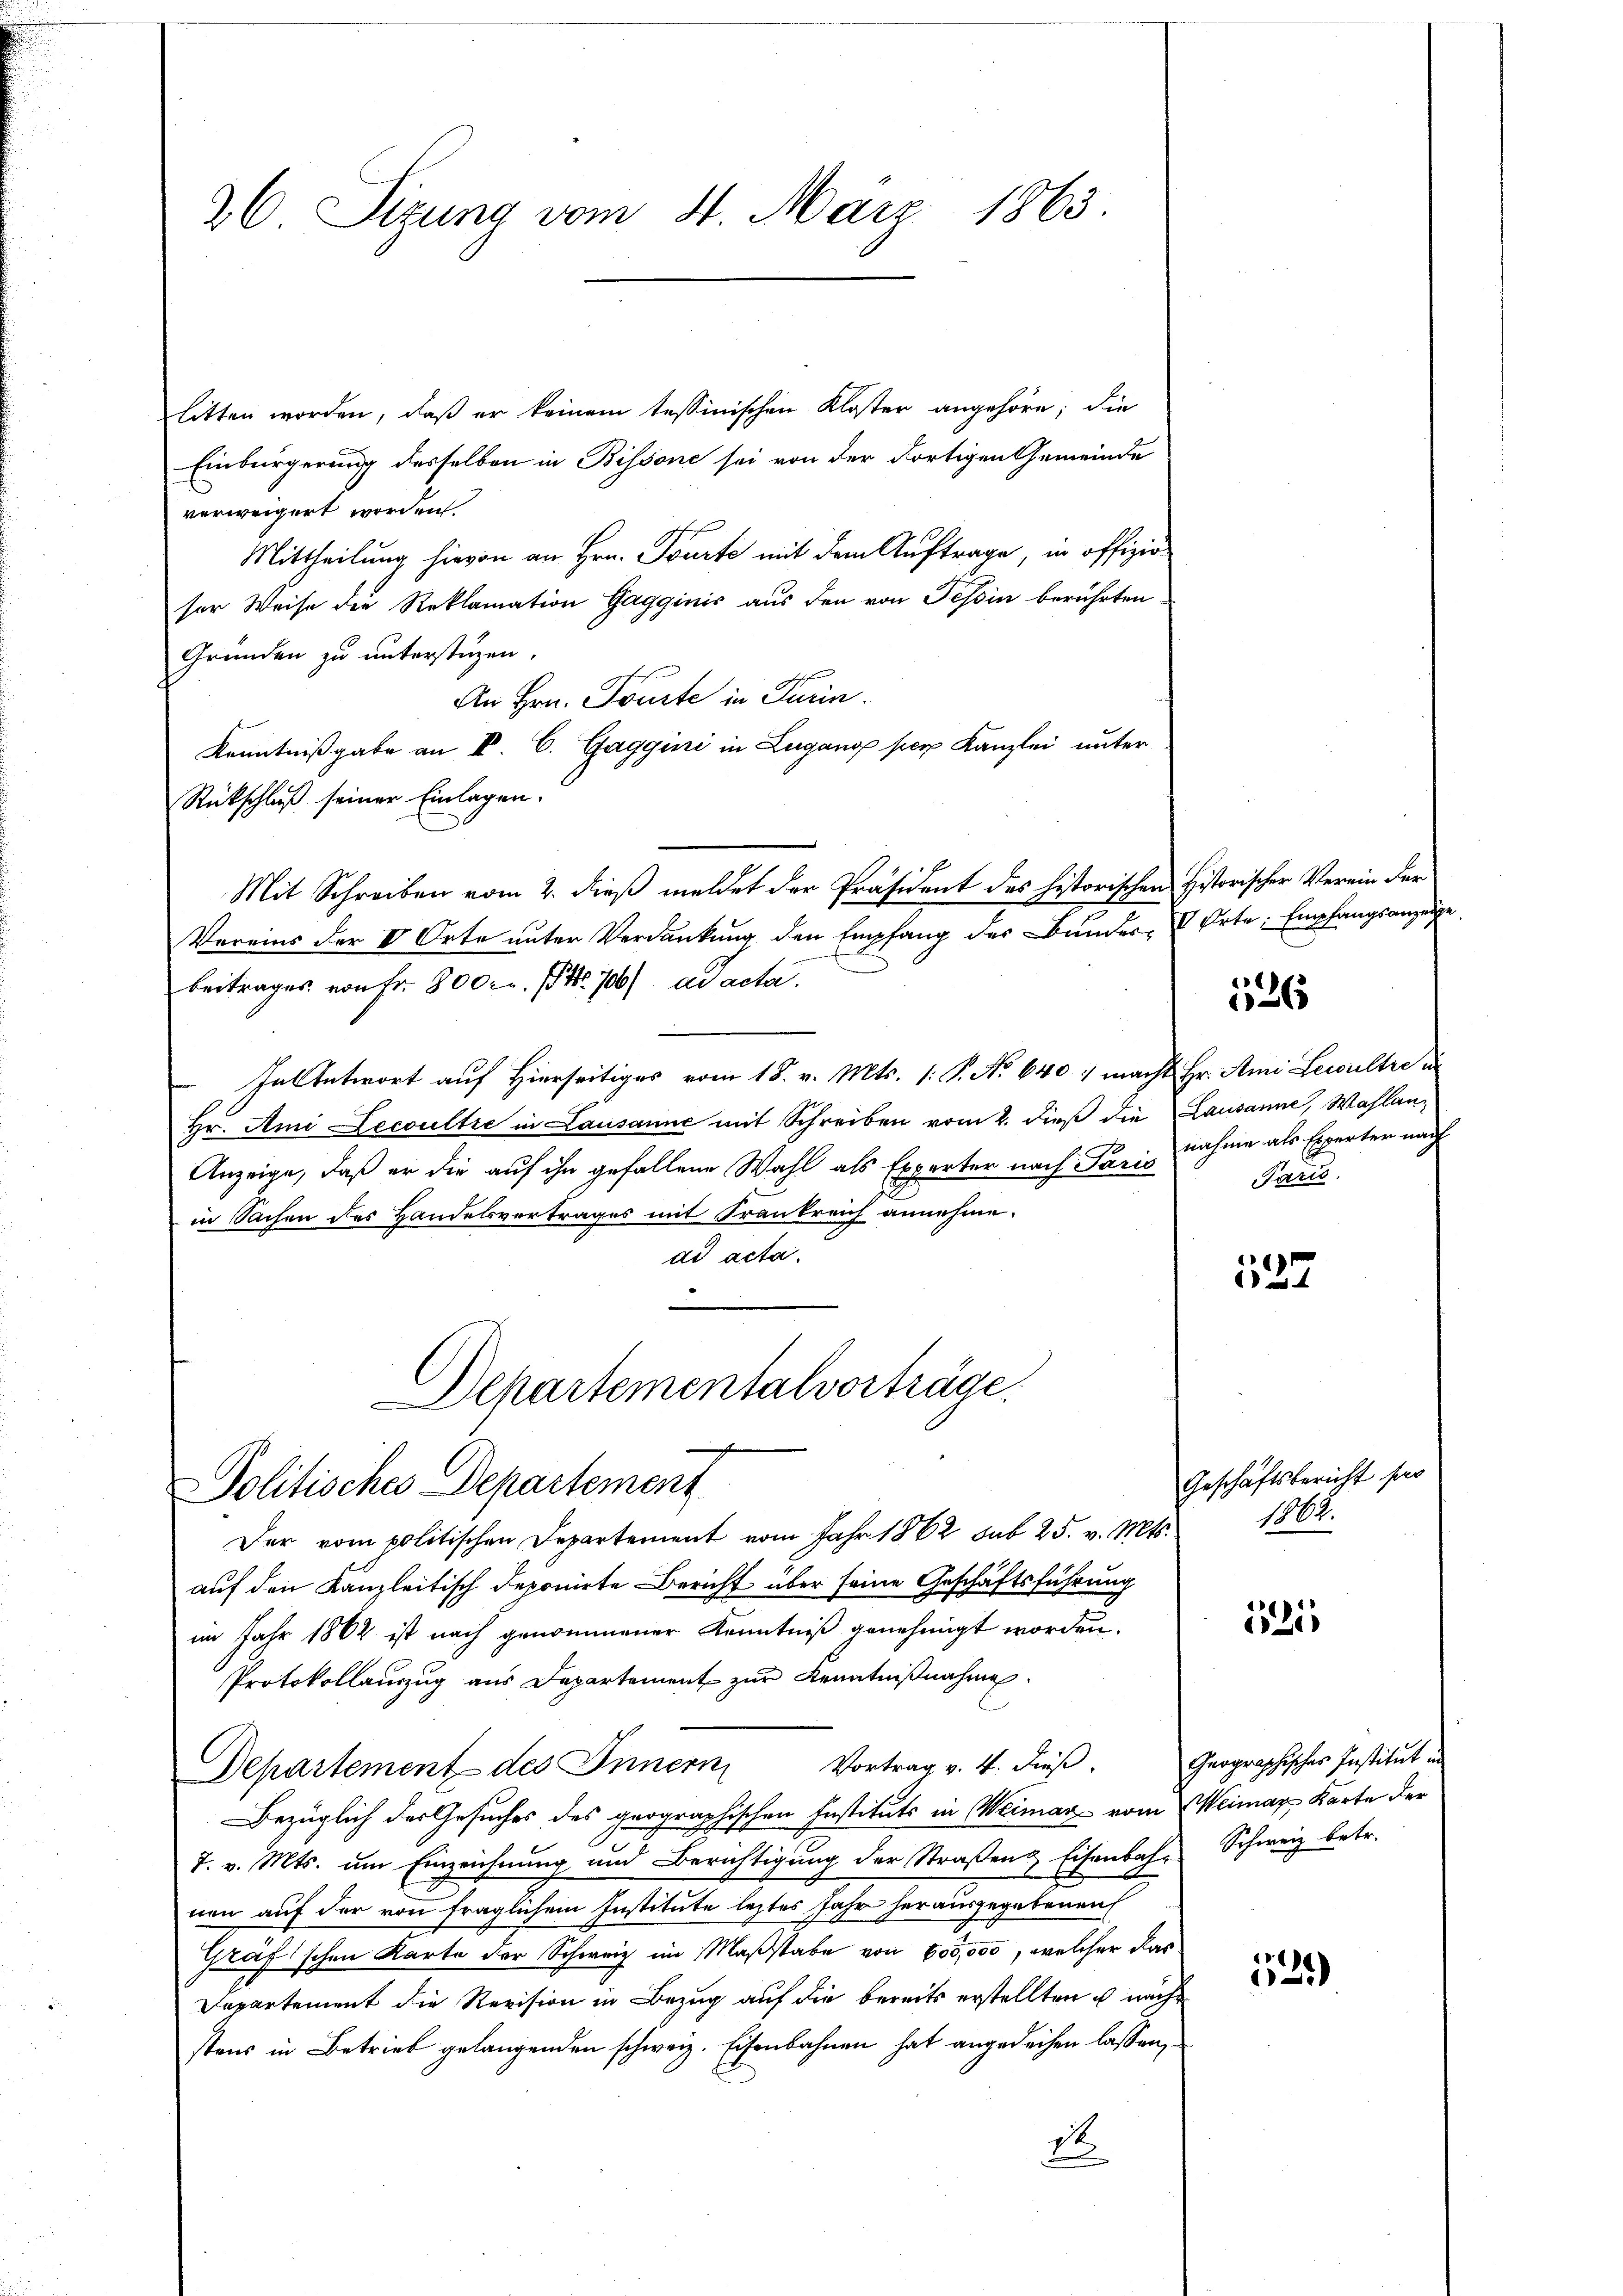
26 Sizung vom 24. März 1863.

litten worden, daß er keinem tessinischen Kloster angehöre; die
Einbürgerung desselben in Bissone sei von der dortigen Gemeinde
verweigert worden.
Mittheilung hievon an Hrn. Tourte mit dem Auftrage, in offizioser Weise die Reklamation Gagginić aus den von Tessin berührten
Gründen zu unterstüzen.
An Hrn. Toute in Turin.
Kenntnißgabe an V. C. Gaggini in Lugang per Kanzlei unter
Rückschluß seiner Einlagen.
Vereins der VV. Orte unter Verdankung den Empfang des Bunder- u Orte Empfangsanzeige
beitrages von Fr. 800. rt. 706) ad acta.
In Antwort auf Hierseitiges vom 18. v. Mts. (: P. No. 640 1 macht Hr. Ami Lewultre de
Hr. Ami Decoultre in Lausanne mit Schreiben vom 2. dieß die Lausanne, Wahlan¬
Anzeige, daß er die auf ihn gefallene Wahl als Experter nach Pannahme als Experten nach
in Sachen des Handelsvertrages mit Frankreich annehme.
ad acta.
Departementalvorträge,

Politisches Departement

Mit Schreiben vom 2. dieß meldet der Präsident des historischen Historischer Verein der

Der vom politischen Departement vom Jahr 1862 sub 25. v. Mts. 1862.
auf den Kanzleitisch deponirte Bericht über seine Geschäftsführung
im Jahr 1862 ist nach genommener Kenntniß genehmigt worden.
Protokollanzug aus Departement zur Kenntnißnahme.
Departement des Innern, Vortrag v. 4. dieβ.
Bezüglich des Gesuches des geographischen Instituts in Weimar vom Weimar Karte der
7. v. Mts. um Einzeichnung und Berichtigung der Straßen Eisenbach Schweiz betr.
nen auf der von fraglichem Institute leztes Jahr herausgegebenen
Gräfischen Karte der Schweiz im Maßstabe von 600,000, welcher das
Departement die Revision in Bezug auf die bereits erstellten u nach
stens in Betrieb gelangenden schweiz. Eisenbahnen hat angedeihen lassen,
d

)
26

Paris.

137

Geschäftsbericht sei

125

Geographisches Institut in

.
622)